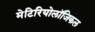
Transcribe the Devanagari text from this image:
मेटिरियोलॉजिकल